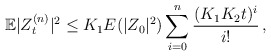
\begin{align*}\mathbb{E} |Z_t^{(n)}|^2 \le K_1E(|Z_0|^2) \sum_{i =0}^n\frac{(K_1K_2t)^i}{i!}\,,\end{align*}